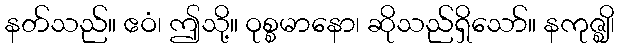
နတ်သည်။ ဧဝံ၊ ဤသို့။ ဝုစ္စမာနော၊ ဆိုသည်ရှိသော်။ နကုဇ္ဈိ၊